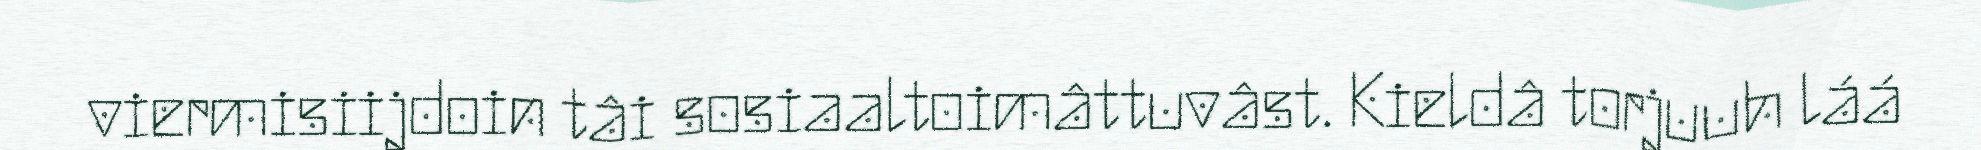
viermisiijdoin tâi sosiaaltoimâttuvâst. Kieldâ torjuuh láá